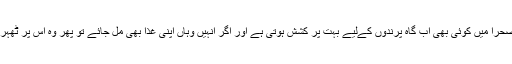
ماہرین کا کہنا ہے کہ صحرا میں کوئی بھی آب گاہ پرندوں کےلیے بہت پر کشش ہوتی ہے اور اگر انہیں وہاں اپنی غذا بھی مل جائے تو پھر وہ اس پر ٹھہرے بغیر نہیں رہ سکتے۔